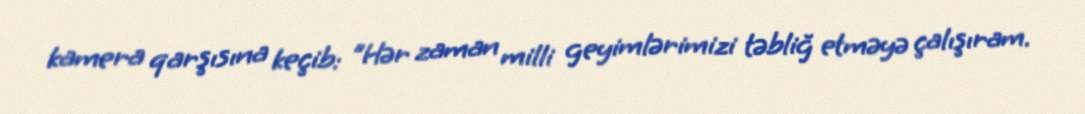
kamera qarşısına keçib: "Hər zaman milli geyimlərimizi təbliğ etməyə çalışıram.